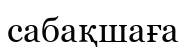
сабақшаға